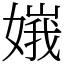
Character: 𡟶